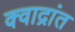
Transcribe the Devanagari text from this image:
क्वाद्रांत